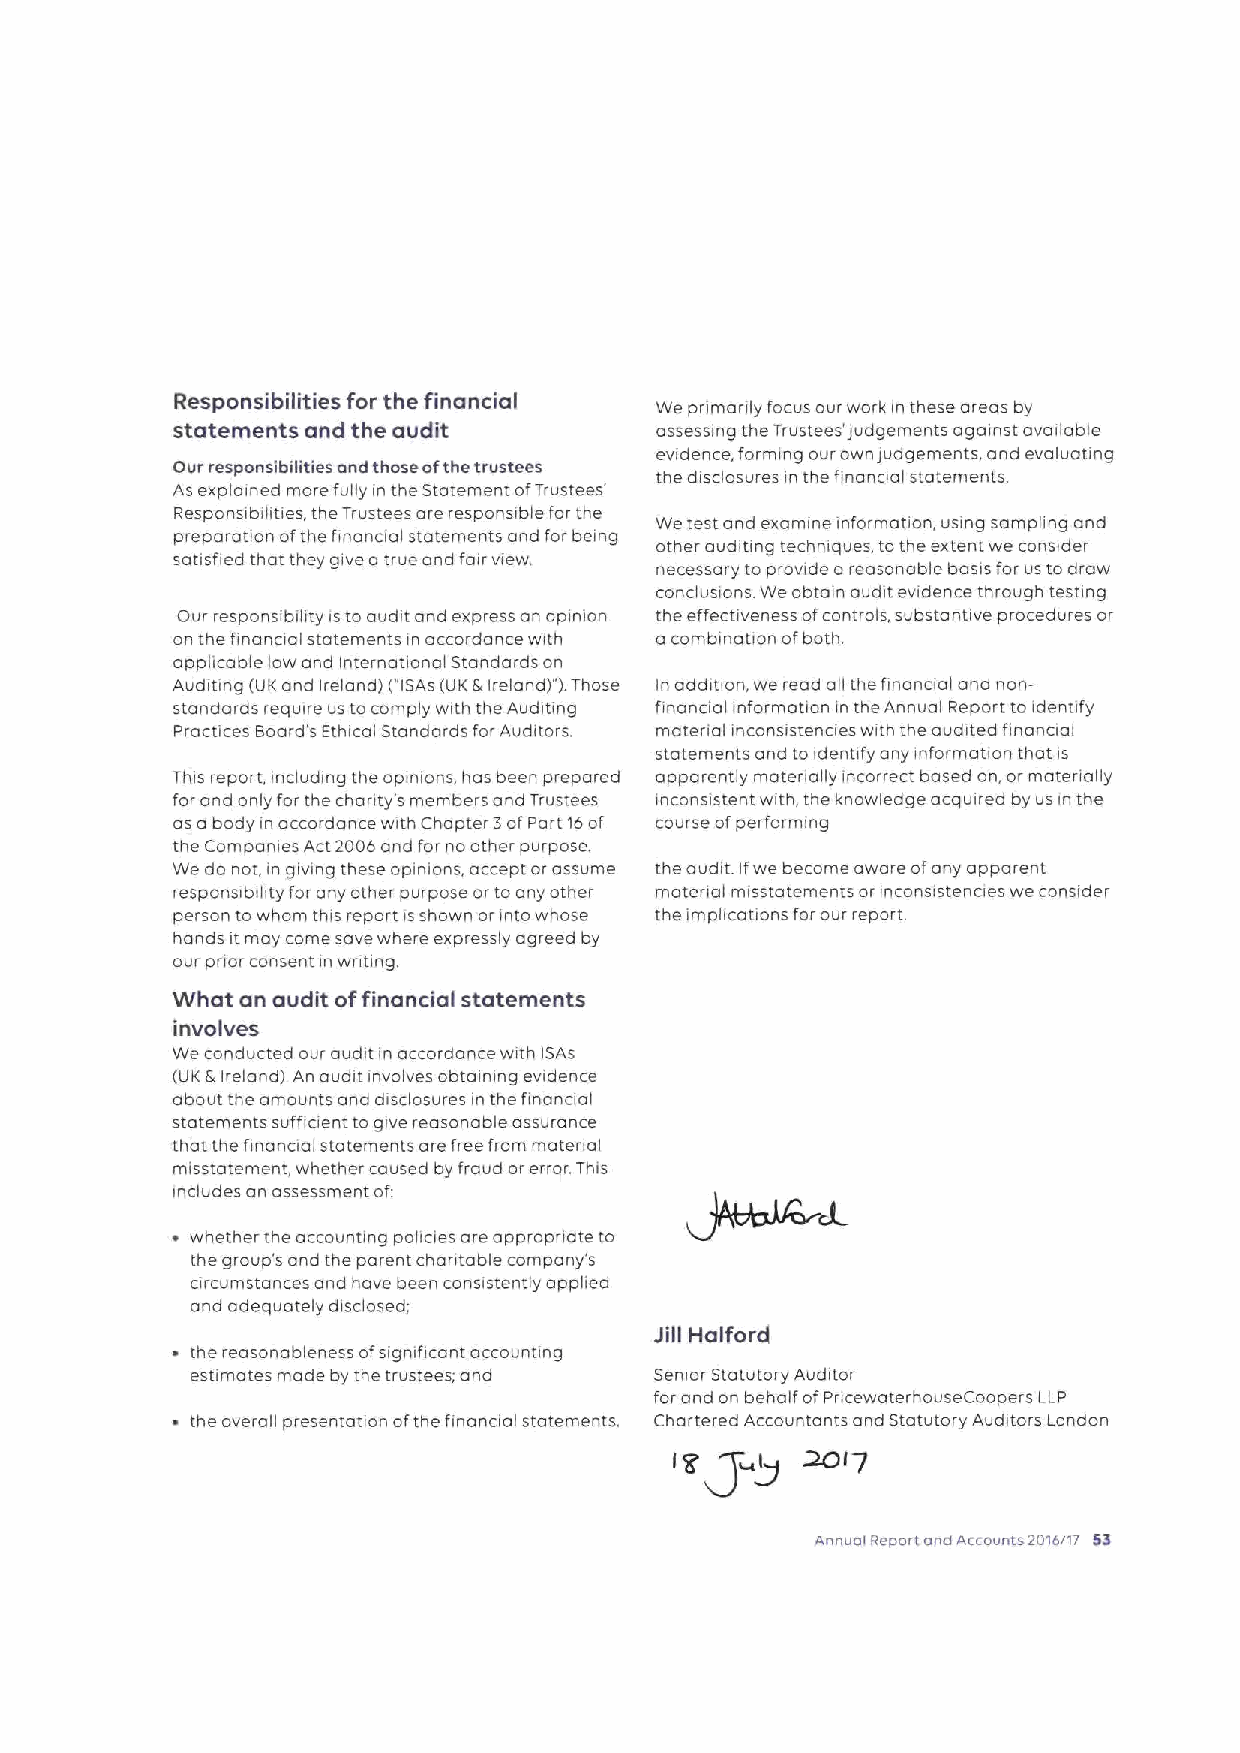
Responsibilities for the financial We pnmanly focus our work in these areas by
 statements and the audit        assessing the Trustees')udgements against available
 evidence, forming our own iud gernents, and evaluating
 Our responsibilities and those ofthe trustees
 the disclosures in the financial statements
 As explained more fully in the Statement ofTrustees'
 Responsibilities, the Trustees are responsible for the
 We test and examine information, using sampling and
 preparation ofthe financial statements and for being
 other auditing techniques, tothe extent we consider
 satisfied that they give a true and fair view necessary to provide areasonable basis far us to draw
 conclusions We obtain audit evidence through testing
 Our responsibility isto audit and express an opinion the effectiveness ofcontrols, substantive procedures or
 on the fina naal statements in accordance with a combination ofboth
 applicable low and international Standards on
 Auditing (UK and Ireland) ("ISAs(UK3 Ireland)" ).Those In addition, we read all the financial and non-
 standards require us tocomply with the Auditing financial rnformation in the Annual Report to identify
 Practices Board's Ethical Standards forAuditors. matenal inconsrstenaes with the audited financial
 statements and to identify any information that is
 This report, including the opinions, has been prepared apparently materially incorrect based on, or materially
 for and only for the chanty's members and Trustees inconsistent with, the knowledge acquired by us in the
 as a body in accordance with Chapter 3ofPart 16of course ofperforming
 the Companies Act2006and for no other purpose.
 We do not, in giwng these opinions, accept orassume the audit. Ifwe become aware ofany apparent
 responsibility for any other purpose orto any other matenal misstatements or inconsrstenaes we consider
 person to whom this report isshown orinto whose the implications for our report.
 hands itmay came save where expressly agreed by
 our prior consent in writing.
 What an audit offinancial statements
 involves
 We conducted our audit in accordance with ISAs
 (UK E Ireland) An audit involves obtaining evidence
 about the amounts and disclosures in the financial
 statements suffraent to give reasonable assurance
 that the financial statements are free from matenal
 misstatement, whether coused by fraud orerror. This
 includes an assessment of
 ~ whether the accounting policies are appropriate to
 the group's and the parent chantable company's
 circumstances and have been consistently applied
 and adequately disclosed;
 Jill Halford
 the reasonableness ofsignificant accounting
 estimates made by the trustees; and Senior Statutory Auditor
 for and on behalf ofPncewaterhouseCoopers LLP
 the overall presentation ofthe financial statements. Chartered Accountants and Statutory Auditors London
 ~f
 g          7
 I g~gl
 Annual Report one Accounts 201o/17 53